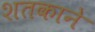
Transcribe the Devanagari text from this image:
शतकाने